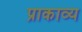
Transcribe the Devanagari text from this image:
प्राकाव्य